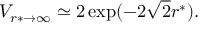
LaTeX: V _ { r * \to \infty } \simeq 2 \exp ( - 2 \sqrt 2 r ^ { * } ) .